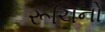
રૂચિનો